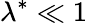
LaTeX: {{\lambda}^{*}}\ll 1